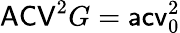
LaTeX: \mathsf{ACV}^{2}G=\mathsf{acv}_{0}^{2}